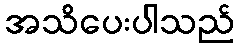
အသိပေးပါသည်